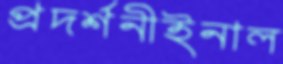
প্রদর্শনীইনাল